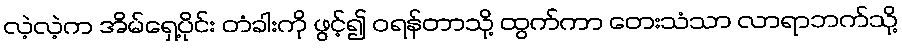
လဲ့လဲ့က အိမ်ရှေ့ပိုင်း တံခါးကို ဖွင့်၍ ဝရန်တာသို့ ထွက်ကာ တေးသံသာ လာရာဘက်သို့